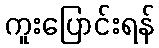
ကူးပြောင်းရန်